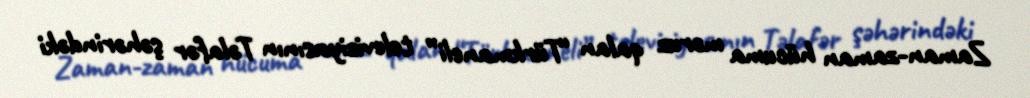
Zaman-zaman hücuma məruz qalan “Türkmaneli” televiziyasının Təlafər şəhərindəki